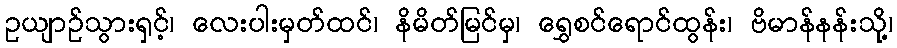
ဥယျာဉ်သွားရှင့်၊ လေးပါးမှတ်ထင်၊ နိမိတ်မြင်မှ၊ ရွှေစင်ရောင်ထွန်း၊ ဗိမာန်နန်းသို့၊